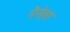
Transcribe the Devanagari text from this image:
मैनेला